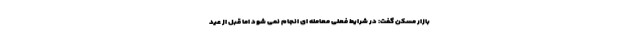
بازار مسکن گفت: در شرایط فعلی معامله ای انجام نمی شود اما قبل از عید